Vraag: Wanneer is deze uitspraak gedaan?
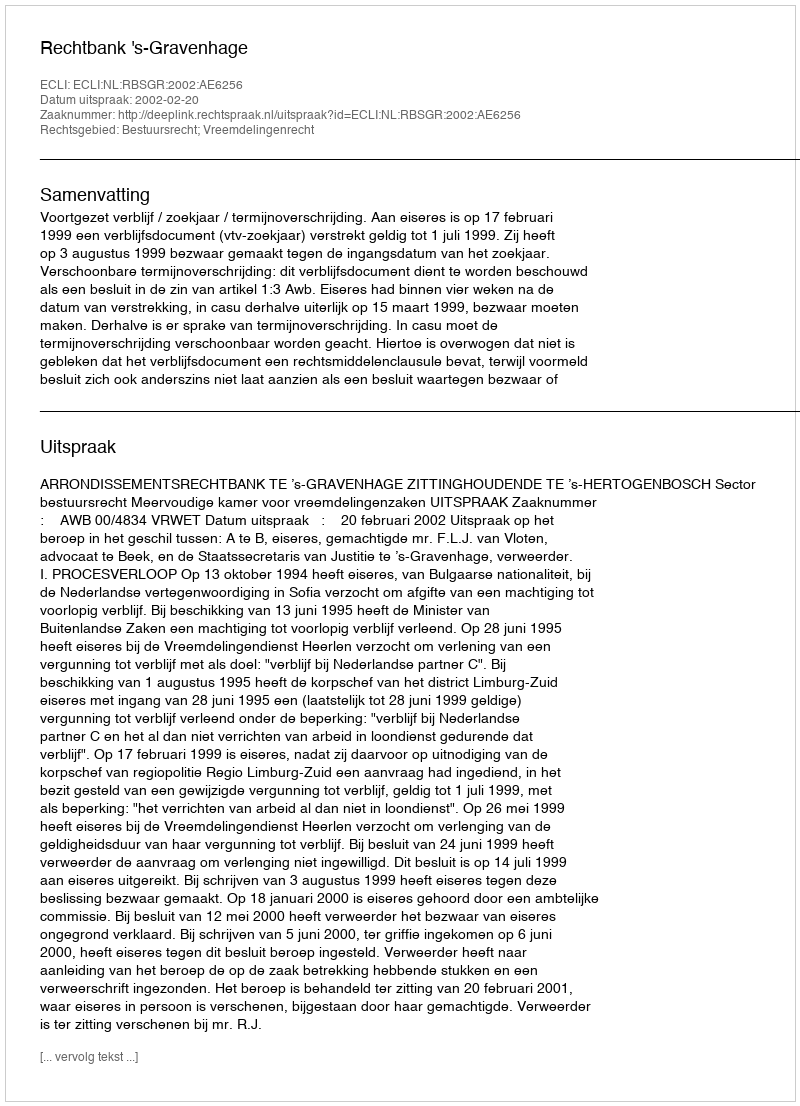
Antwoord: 2002-02-20